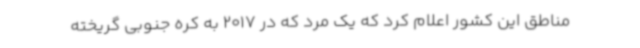
مناطق این کشور اعلام کرد که یک مرد که در 2017 به کره جنوبی گریخته